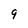
Character: 9